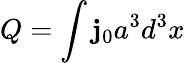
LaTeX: Q=\int\mathbf{j}_{0}a^{3}d^{3}x